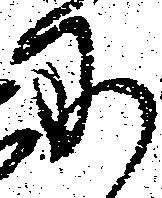
に